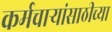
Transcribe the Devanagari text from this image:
कर्मचार्‍यांसाठीच्या